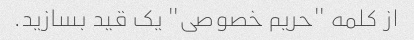
از کلمه "حریم خصوصی" یک قید بسازید.